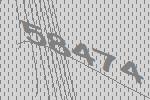
58474